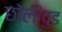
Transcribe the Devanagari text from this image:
छॉलीवुड